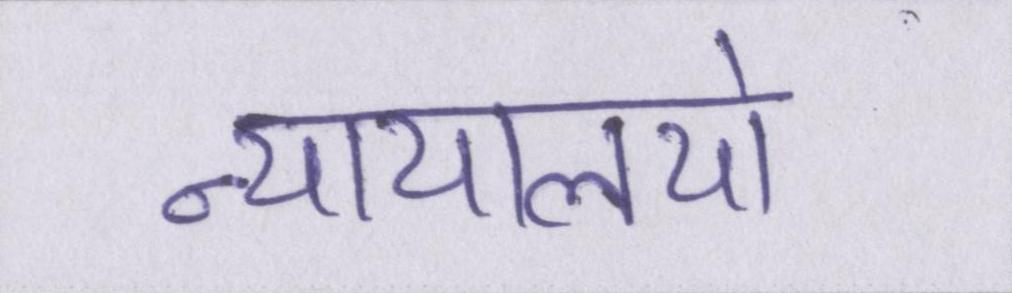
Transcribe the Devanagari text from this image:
न्यायालयो